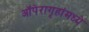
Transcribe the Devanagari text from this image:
ऑपेरागृहांमध्ये